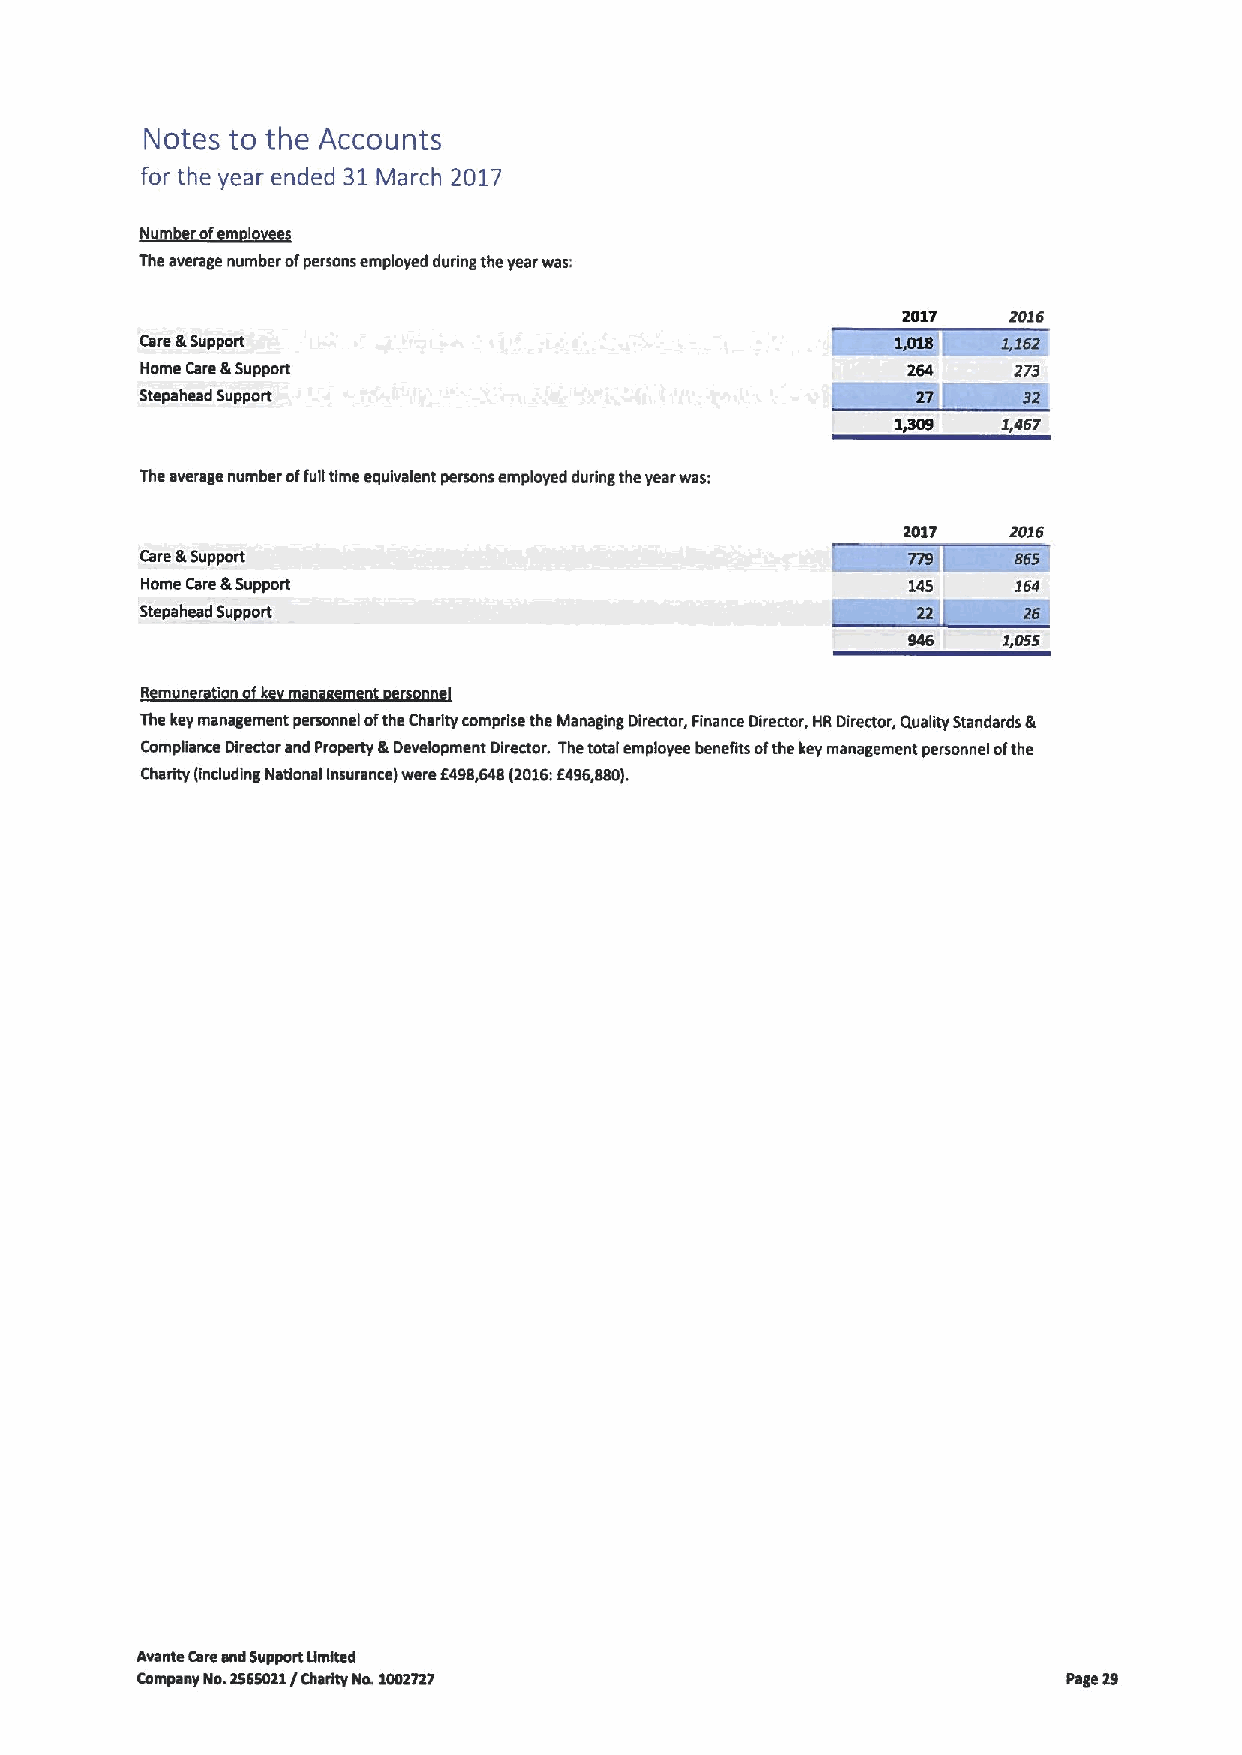
Notes to the Accounts
 for the year ended 31March 2017
 ~u(f8~of m I 2892
 The average number ofpersons employed during the year was:
 2017   2016
 Care &Support                                             26
 Home Care ILSupport                                264    273
 Stepahead Support
 1@09   2,467
 The average number offull time equivalent persons employed during the year was:
 2017   2016
 Care &Support
 Home Care &Support
 Stepahead Support
 946   1,056
 R m n     mn  mnt    I
 The key management personnel ofthe Charity comprise the Managing Director, Finance Director, HR Director, Quality Standards &
 Compliance Director and Property &Development Director. Thetotal employee benegts ofthe key management personnel ofthe
 Charity (including National Insurance/ were 8496,648(2016:6496880).
 Avanta Careand Support Umlted
 Company No.2966022/ Charity Nrs 1002727                       Page 29